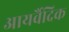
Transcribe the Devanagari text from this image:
आयर्वैदिक